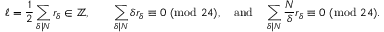
\begin{array} { r } { \ell = \displaystyle \frac { 1 } { 2 } \sum _ { \delta \mid N } r _ { \delta } \in \mathbb { Z } , \quad \quad \sum _ { \delta \mid N } \delta r _ { \delta } \equiv 0 \ ( \mathrm { m o d } \ 2 4 ) , \quad \mathrm { a n d } \quad \sum _ { \delta \mid N } \frac { N } { \delta } r _ { \delta } \equiv 0 \ ( \mathrm { m o d } \ 2 4 ) . } \end{array}